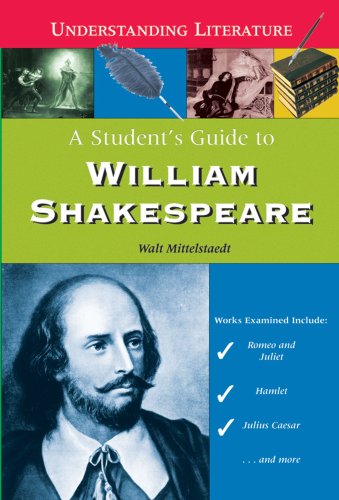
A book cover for A Student's Guide to William Shakespeare (Understanding Literature); Walt Mittelstaedt; Teen & Young Adult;